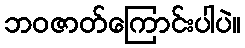
ဘဝဇာတ်ကြောင်းပါပဲ။